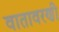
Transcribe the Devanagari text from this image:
वातावरणी